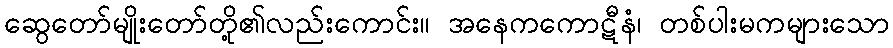
ဆွေတော်မျိုးတော်တို့၏လည်းကောင်း။ အနေကကောဋီနံ၊ တစ်ပါးမကများသော